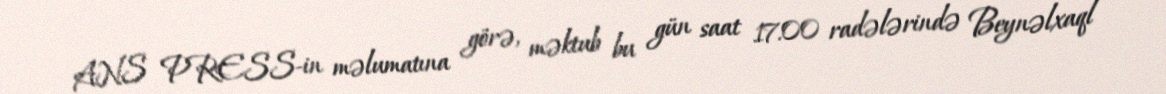
ANS PRESS-in məlumatına görə, məktub bu gün saat 17.00 radələrində Beynəlxaql